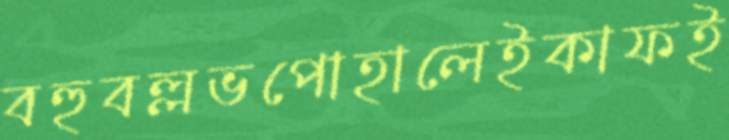
বহুবল্লভপোহালেইকাফই